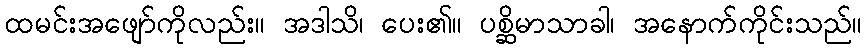
ထမင်းအဖျော်ကိုလည်း။ အဒါသိ၊ ပေး၏။ ပစ္ဆိမာသာခါ၊ အနောက်ကိုင်းသည်။